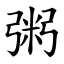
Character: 粥